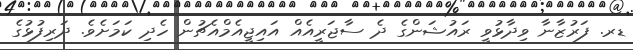
ޑރ. ފަރުޒާނާ ވިދާޅުވީ ރައުޝަންގެ ދެ ސާޖަރީއެއް އައިޖީއެމްއެޗުން ހެދި ކަމަށެވެ. ދަރިފުޅުގެ